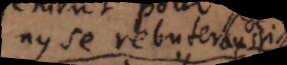
ny se rebuter aussi